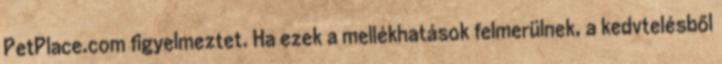
PetPlace.com figyelmeztet. Ha ezek a mellékhatások felmerülnek, a kedvtelésből